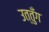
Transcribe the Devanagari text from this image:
उत्तुँग